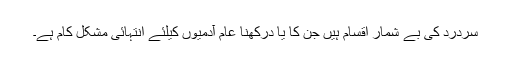
سردرد کی بے شمار اقسام ہیں جن کا یا درکھنا عام آدمیوں کیلئے انتہائی مشکل کام ہے۔